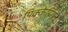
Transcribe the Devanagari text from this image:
पिक्केरिंग